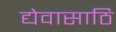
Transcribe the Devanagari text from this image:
द्येवासाठि